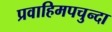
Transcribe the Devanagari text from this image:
प्रवाहिमपचुन्दा